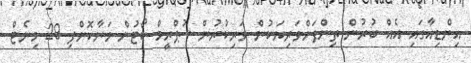
އިންޑިއާގައި އެއް ބުރުން ތިންފަށްވަރިޔަކުން ވަރިކުރުން ސުޕްރީމް ކޯޓުން މަނާކޮށްފި 29 މިނެޓް